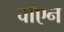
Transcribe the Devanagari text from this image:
वॉएन